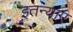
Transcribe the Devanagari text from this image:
इतन्याए